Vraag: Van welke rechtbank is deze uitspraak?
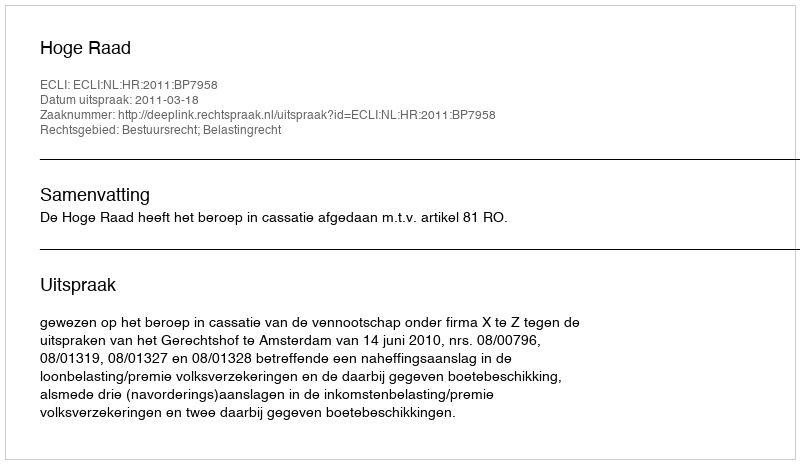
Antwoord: Hoge Raad